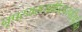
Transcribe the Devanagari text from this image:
नृपस्यराजाधिराजपरिपूजित